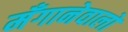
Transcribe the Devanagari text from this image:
मँगानेवालों